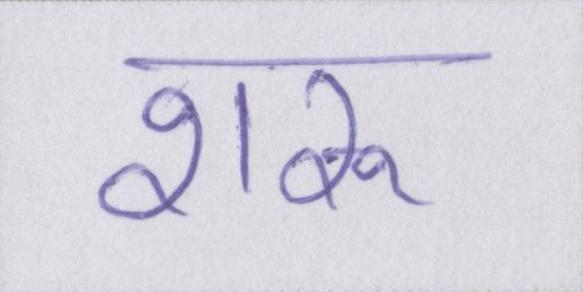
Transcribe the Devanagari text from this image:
शरू